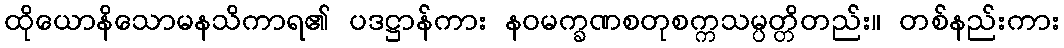
ထိုယောနိသောမနသိကာရ၏ ပဒဋ္ဌာန်ကား နဝမက္ခဏစတုစက္ကသမ္ပတ္တိတည်း။ တစ်နည်းကား